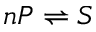
n P \rightleftharpoons S